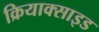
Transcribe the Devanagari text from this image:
क्रियाक्साइड